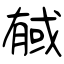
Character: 戫